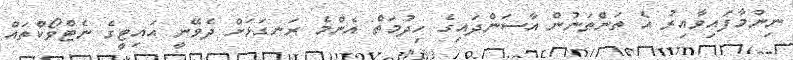
ނިންމާފައިވާއިރު އެ ތަންތަނުން އާސަންދައިގެ ހިދުމަތް އެންމެ ރަނގަޅަށް ދެވޭނީ އައިޓީގެ ނެޓްވޯކްތައް